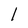
Character: l